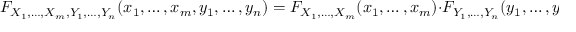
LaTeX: F _ { X _ { 1 } , \ldots , X _ { m } , Y _ { 1 } , \ldots , Y _ { n } } ( x _ { 1 } , \ldots , x _ { m } , y _ { 1 } , \ldots , y _ { n } ) = F _ { X _ { 1 } , \ldots , X _ { m } } ( x _ { 1 } , \ldots , x _ { m } ) \cdot F _ { Y _ { 1 } , \ldots , Y _ { n } } ( y _ { 1 } , \ldots , y _ { n } ) \quad { \mathrm { f o r ~ a l l ~ } } x _ { 1 } , \ldots , x _ { m } , y _ { 1 } , \ldots , y _ { n }